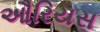
ઔરિયસ